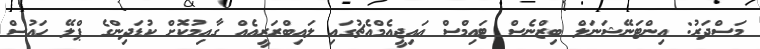
މަސްދަރު: އިންޓަނޭޝަނަލް ބިޒްނެސް ޓައިމްސް އައިޖީއެމްއެޗުގައި ލައިބްރަރީއެއް ގާއިމުކޮށް ކުޑަދިންގެ ޕްލޭ ހައުސް